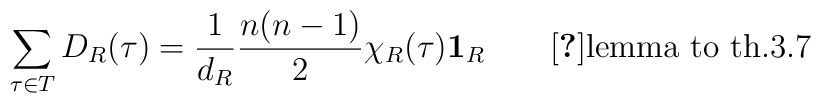
\sum_{\tau \in T} D_R (\tau ) = \frac{1}{d_R} \frac{n (n - 1)}{2}\chi_R ( \tau )\mbox{{\bf 1}}_R \qquad \mbox{\cite{Tung}lemma to th.3.7}